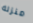
منزله